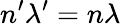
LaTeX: n^{\prime}\lambda^{\prime}=n\lambda